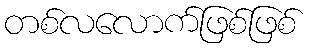
တစ်လလောက်ဖြစ်ဖြစ်